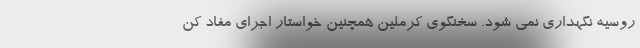
روسیه نگهداری نمی شود. سخنگوی کرملین همچنین خواستار اجرای مفاد کن